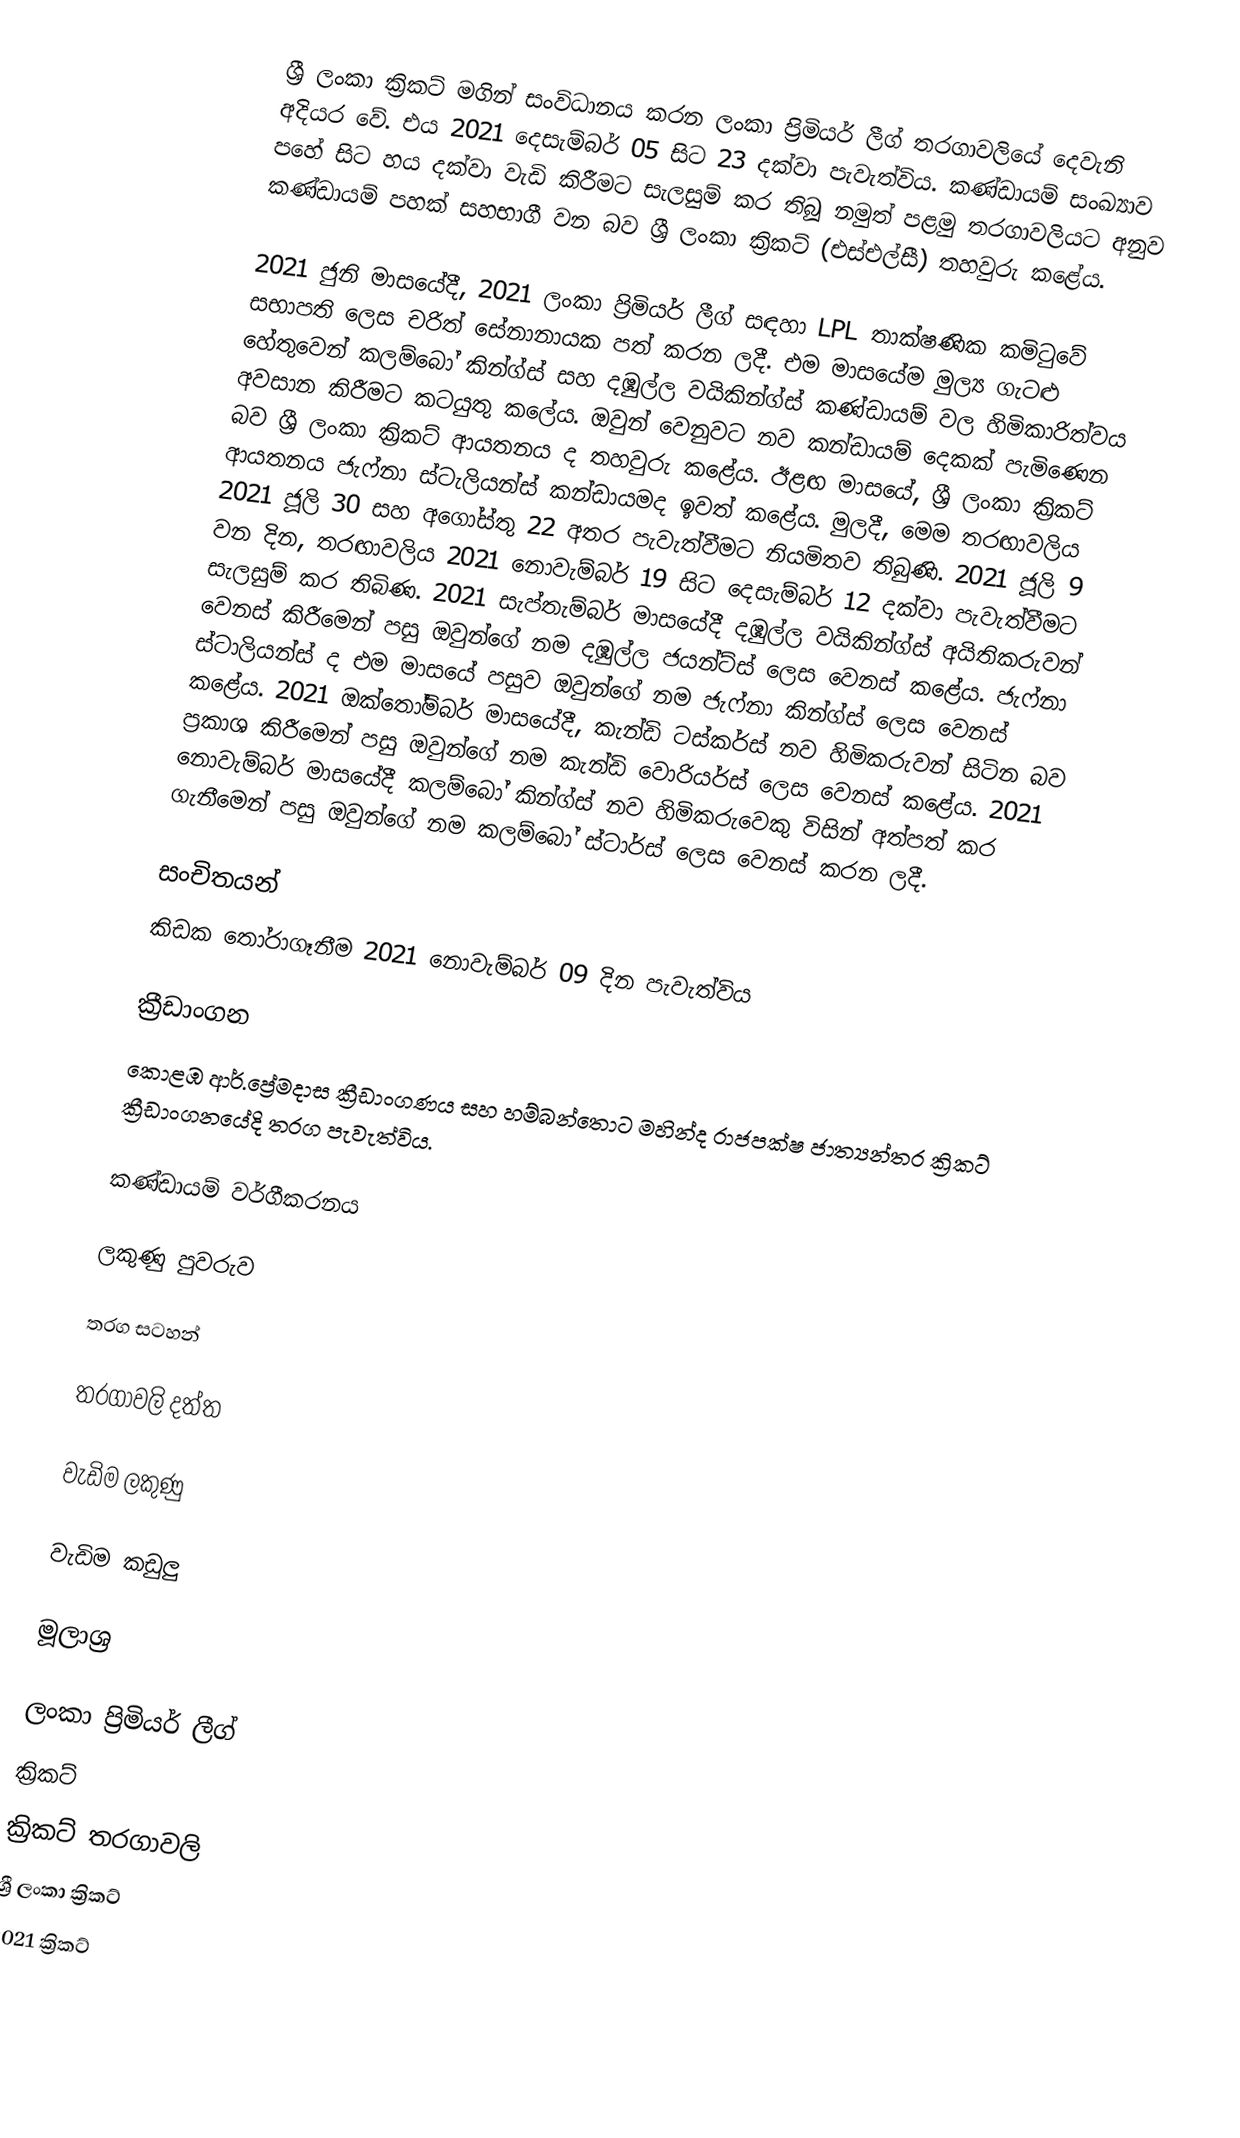
ශ්‍රී ලංකා ක්‍රිකට් මගින් සංවිධානය කරන ලංකා ප්‍රිමියර් ලීග්  තරගාවලියේ දෙවැනි අදියර වේ.  එය 2021 දෙසැම්බර් 05 සිට 23 දක්වා පැවැත්විය. කණ්ඩායම් සංඛ්‍යාව පහේ සිට හය දක්වා වැඩි කිරීමට සැලසුම් කර තිබූ නමුත් පළමු තරගාවලියට අනුව කණ්ඩායම් පහක් සහභාගී වන බව ශ්‍රී ලංකා ක්‍රිකට් (එස්එල්සී) තහවුරු කළේය.

2021 ජුනි මාසයේදී, 2021 ලංකා ප්‍රිමියර් ලීග් සඳහා LPL තාක්ෂණික කමිටුවේ සභාපති ලෙස චරිත් සේනානායක පත් කරන ලදී. එම මාසයේම මුල්‍ය ගැටළු හේතුවෙන් කලම්බෝ කින්ග්ස් සහ දඹුල්ල වයිකින්ග්ස් කණ්ඩායම් වල හිමිකාරිත්වය අවසාන කිරීමට කටයුතු කලේය. ඔවුන් වෙනුවට නව කන්ඩායම් දෙකක් පැමිණෙන බව ශ්‍රී ලංකා ක්‍රිකට් ආයතනය ද තහවුරු කළේය.  ඊළඟ මාසයේ, ශ්‍රී ලංකා ක්‍රිකට් ආයතනය ජැෆ්නා ස්ටැලියන්ස්  කන්ඩායමද ඉවත් කළේය.  මුලදී, මෙම තරඟාවලිය 2021 ජූලි 30 සහ අගෝස්තු 22 අතර පැවැත්වීමට නියමිතව තිබුණි.  2021 ජූලි 9 වන දින, තරඟාවලිය 2021 නොවැම්බර් 19 සිට දෙසැම්බර් 12 දක්වා පැවැත්වීමට සැලසුම් කර තිබිණ.  2021 සැප්තැම්බර් මාසයේදී දඹුල්ල වයිකින්ග්ස් අයිතිකරුවන් වෙනස් කිරීමෙන් පසු ඔවුන්ගේ නම දඹුල්ල ජයන්ට්ස් ලෙස වෙනස් කළේය.  ජැෆ්නා ස්ටාලියන්ස් ද එම මාසයේ පසුව ඔවුන්ගේ නම ජැෆ්නා කින්ග්ස් ලෙස වෙනස් කළේය.  2021 ඔක්තෝම්බර් මාසයේදී, කැන්ඩි ටස්කර්ස් නව හිමිකරුවන් සිටින බව ප්‍රකාශ කිරීමෙන් පසු ඔවුන්ගේ නම කැන්ඩි වොරියර්ස් ලෙස වෙනස් කළේය. 2021 නොවැම්බර් මාසයේදී කලම්බෝ කින්ග්ස් නව හිමිකරුවෙකු විසින් අත්පත් කර ගැනීමෙන් පසු ඔවුන්ගේ නම කලම්බෝ ස්ටාර්ස්  ලෙස වෙනස් කරන ලදී.

සංචිතයන්
කිඩක තෝරාගෑනීම 2021 නොවැම්බර් 09 දින පැවැත්විය

ක්‍රීඩාංගන
කොළඹ ආර්.ප්‍රේමදාස ක්‍රීඩාංගණය සහ හම්බන්තොට මහින්ද රාජපක්ෂ ජාත්‍යන්තර ක්‍රිකට් ක්‍රීඩාංගනයේදි තරග පැවැත්විය.

කණ්ඩායම් වර්ගීකරනය

ලකුණු පුවරුව

තරග සටහන්

තරගාවලි දත්ත

වැඩිම ලකුණු

වැඩිම කඩුලු

මූලාශ්‍ර

ලංකා ප්‍රිමියර් ලීග්
ක්‍රිකට්
ක්‍රිකට් තරගාවලි
ශ්‍රී ලංකා ක්‍රිකට්
2021 ක්‍රිකට්